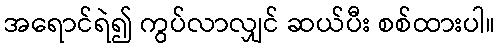
အရောင်ရဲ၍ ကွပ်လာလျှင် ဆယ်ပီး စစ်ထားပါ။